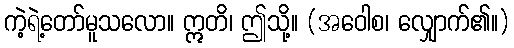
ကဲ့ရဲ့တော်မူသလော။ ဣတိ၊ ဤသို့။ (အဝေါစ၊ လျှောက်၏။)